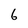
Character: 6